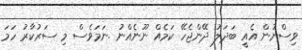
ވިސްނުން އެއީ ބަދަލު ދޭންޖެހޭ ކަމެއް ނޫނެއްނު .ނަމަވެސް މި ސަރުކާރު ހަމަ